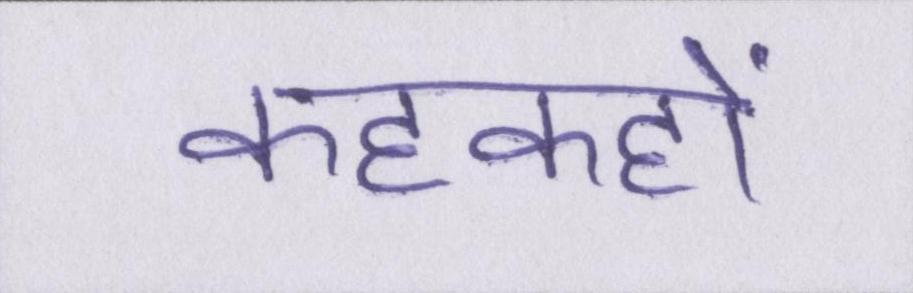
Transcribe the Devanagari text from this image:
कहकहों